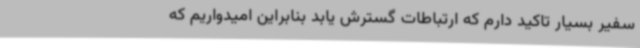
سفیر بسیار تاکید دارم که ارتباطات گسترش یابد بنابراین امیدواریم که